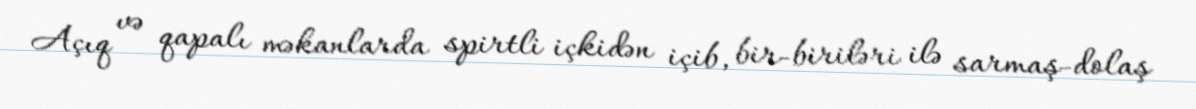
Açıq və qapalı məkanlarda spirtli içkidən içib, bir-biriləri ilə sarmaş-dolaş